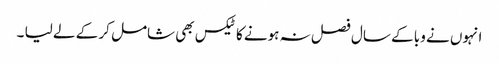
انہوں نے وبا کے سال فصل نہ ہونے کا ٹیکس بھی شامل کر کے لے لیا ۔